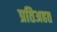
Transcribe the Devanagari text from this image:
प्रतिअहत